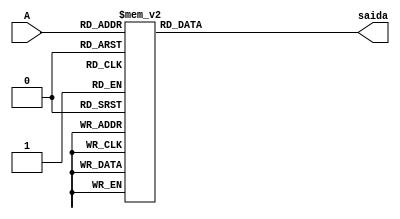
module Display(A, /*Clock,*/ saida);

    input [3:0] A; // valor
    output reg [6:0] saida; // Sada do display de sete segmentos
	 
    always @(*) begin
        case(A)
        4'b0000: saida <= 7'b1000000; // 0
        4'b0001: saida <= 7'b1111001; // 1
        4'b0010: saida <= 7'b0100100; // 2
        4'b0011: saida <= 7'b0110000; // 3
        4'b0100: saida <= 7'b0011001; // 4
        4'b0101: saida <= 7'b0010010; // 5
        4'b0110: saida <= 7'b0000010; // 6
        4'b0111: saida <= 7'b1111000; // 7
        4'b1000: saida <= 7'b0000000; // 8
        4'b1001: saida <= 7'b0010000; // 9
		  4'b1010: saida <= 7'b0001000; // A
		  4'b1011: saida <= 7'b0000011; // B
		  4'b1100: saida <= 7'b1000110; // C
		  4'b1101: saida <= 7'b0100001; // D
		  4'b1110: saida <= 7'b0000110; // E
		  4'b1111: saida <= 7'b0001110; // F
        default: saida <= 7'b1111111; // Desativamos todos os segmentos
        endcase
    end
endmodule